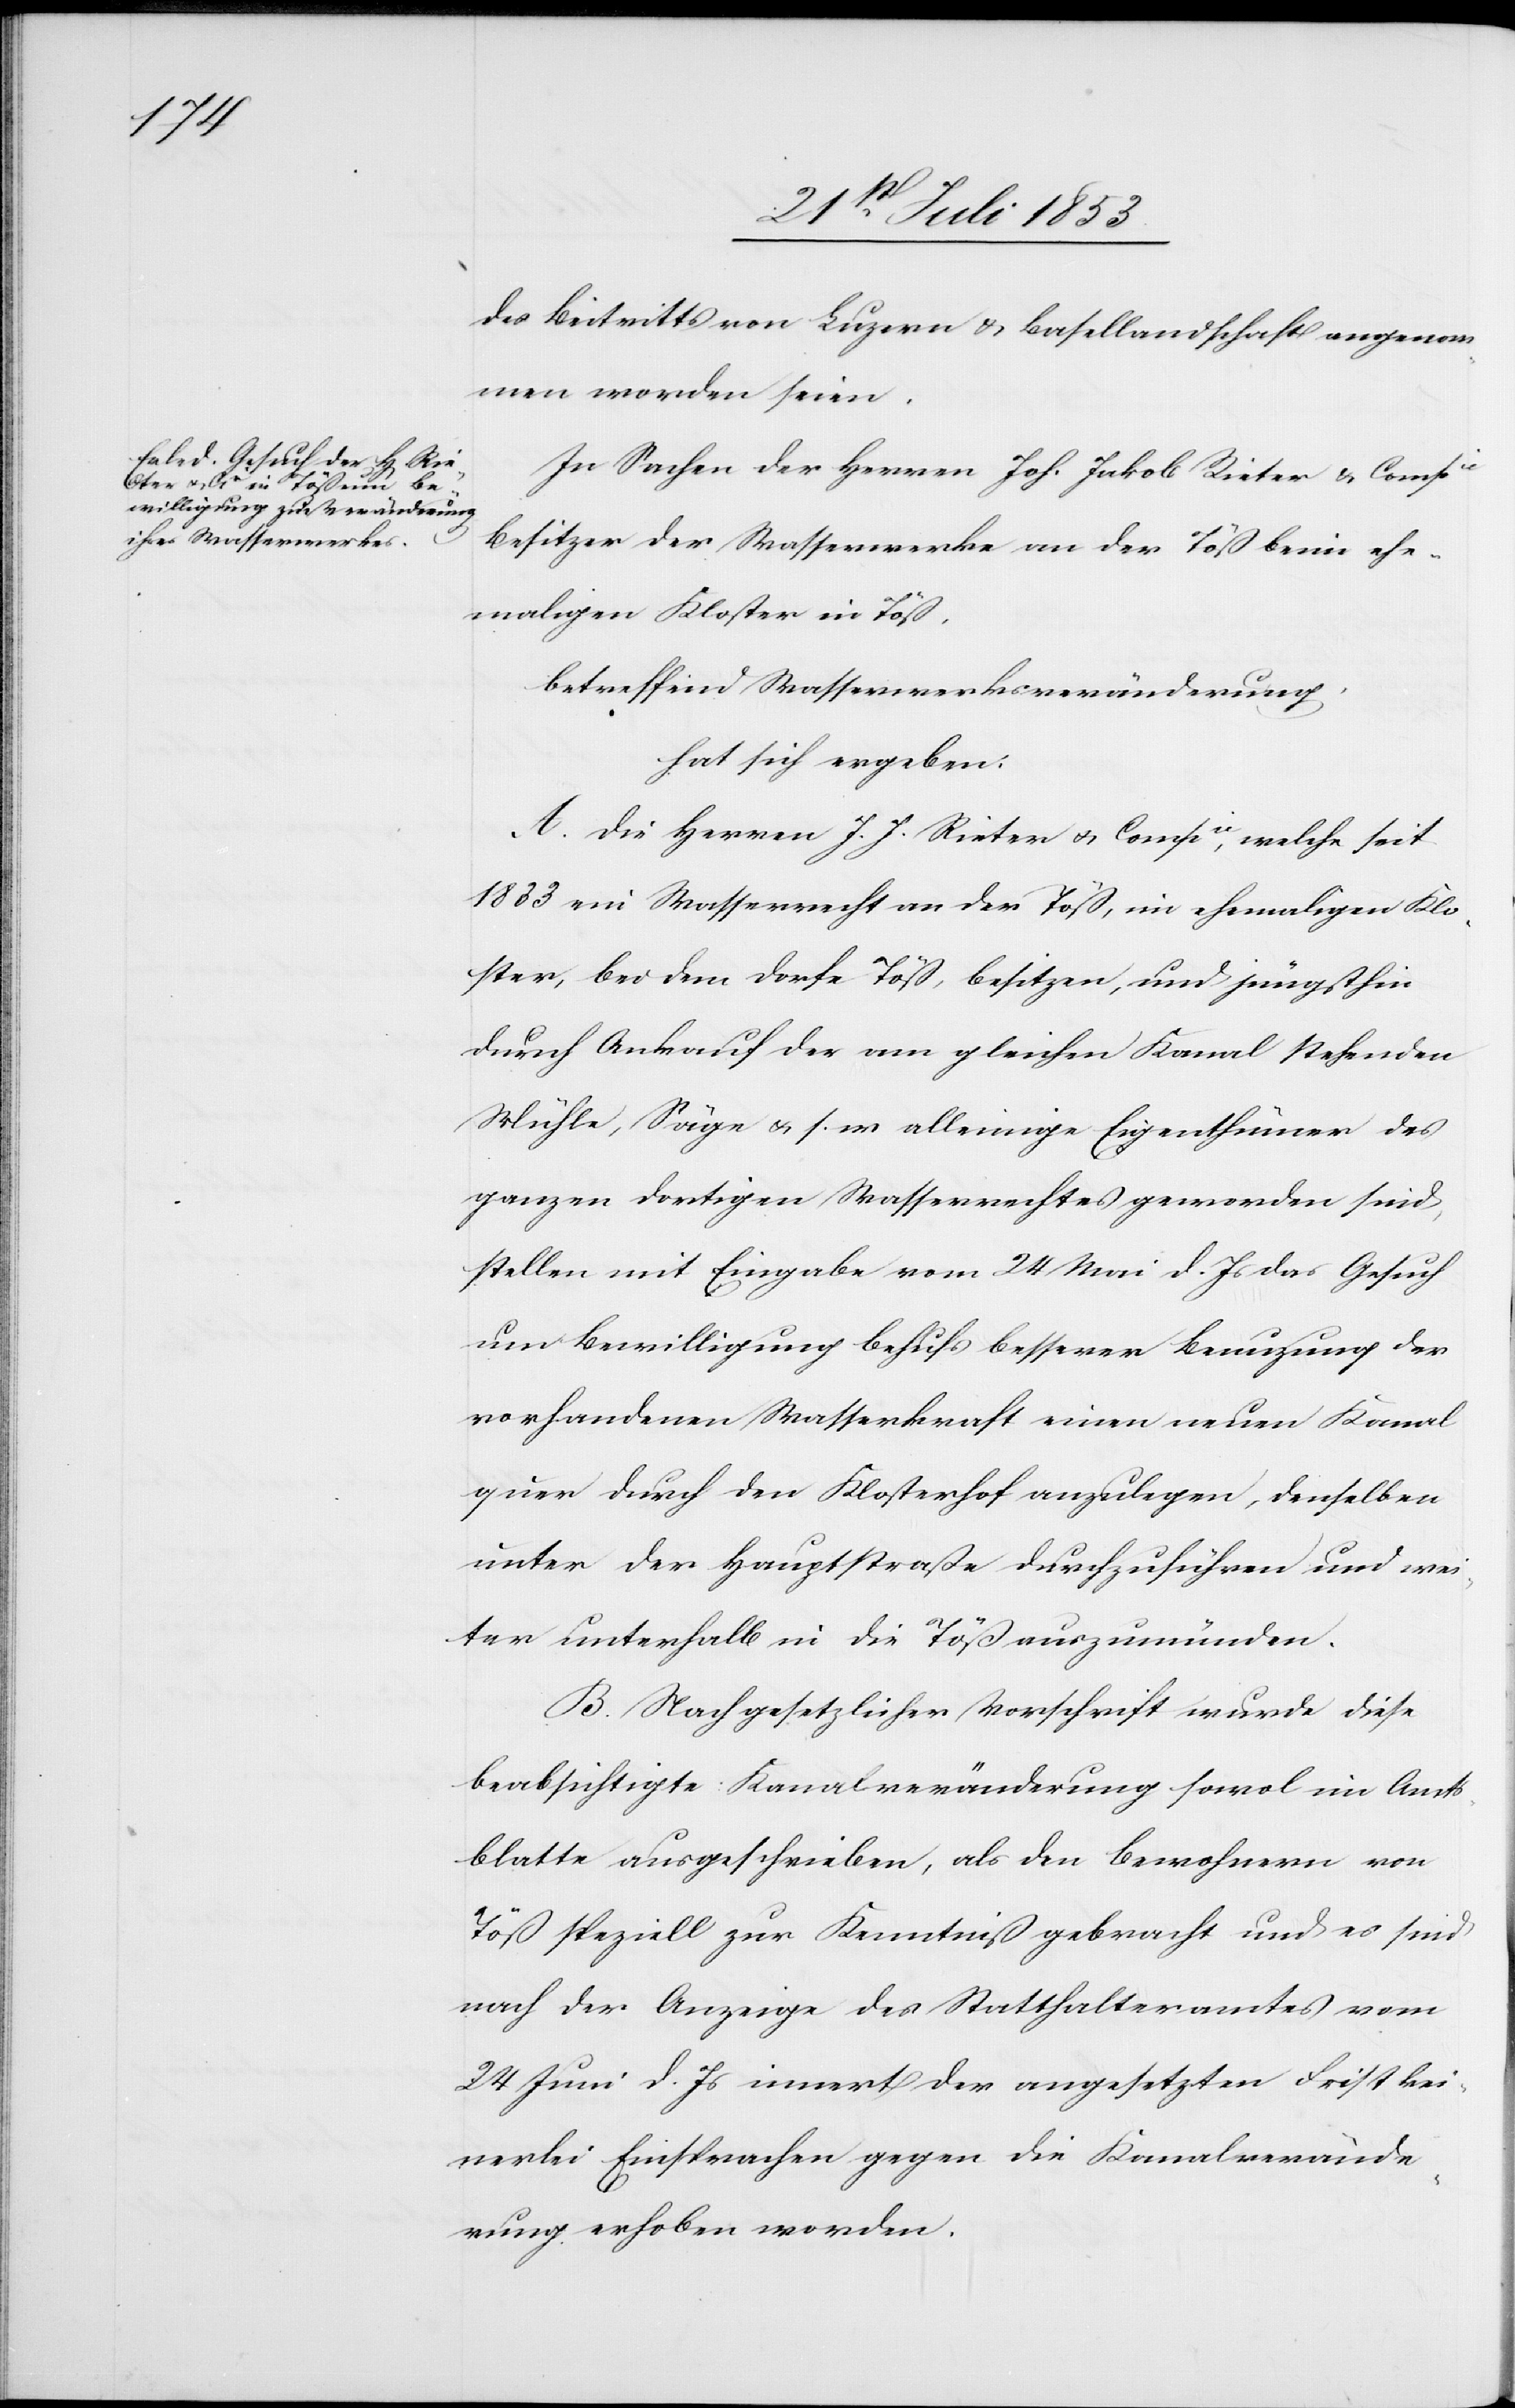
des Beitritts von Luzern u. Basellandschaft angenom¬
men worden seien.
In Sachen der Herren Joh. Jakob Rieter u. Compie
Besitzer der Wasserwerke an der Töß beim ehe¬
maligen Kloster in Töß.
betreffend Wasserwerkveränderung.
hat sich ergeben:
A. Die Herren J. J. Rieter u. Compie, welche seit
1833 ein Wasserrecht an der Töß, im ehemaligen Klo¬
ster, bei dem Dorfe Töß, besitzen, und jüngsthin
durch Ankauf der am gleichen Kanal stehenden
Mühle, Säge u. s. w. alleinige Eigenthümerin des
ganzen dortigen Wasserrechtes geworden sind,
stellen mit Eingabe vom 24 Mai d. Js. das Gesuch
um Bewilligung behufs besserer Benuzung der
vorhandenden Wasserkraft einen neuen Kanal
quer durch den Klosterhof anzulegen, denselben
unter der Hauptstrasse durchzuführen und wei¬
ter unterhalb in der Töß auszumünden.
B. Nach gesetzlicher Vorschrift wurde diese
beabsichtigte Kanalveränderung sowol im Amts¬
blatte ausgeschrieben, als den Bewohnern von
Töß speziell zur Kenntniß gebracht und es sind
nach der Anzeige des Statthalteramtes vom
24 Juni d. Js. innert der angesetzten Frist kei¬
nerlei Einsprachen gegen die Kanalverände¬
rung erhoben worden.